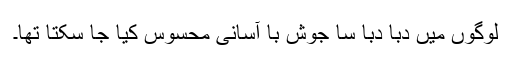
لوگوں میں دبا دبا سا جوش با آسانی محسوس کیا جا سکتا تھا۔